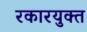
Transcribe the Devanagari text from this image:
रकारयुक्त